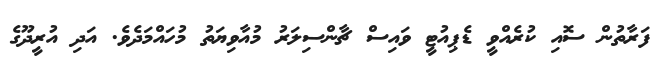
ފަރާތުން ސޮއި ކުރެއްވީ ޑެޕިއުޓީ ވައިސް ޗާންސިލަރު މުއާވިޔަތު މުހައްމަދެވެ. އަދި އުރީދޫގެ